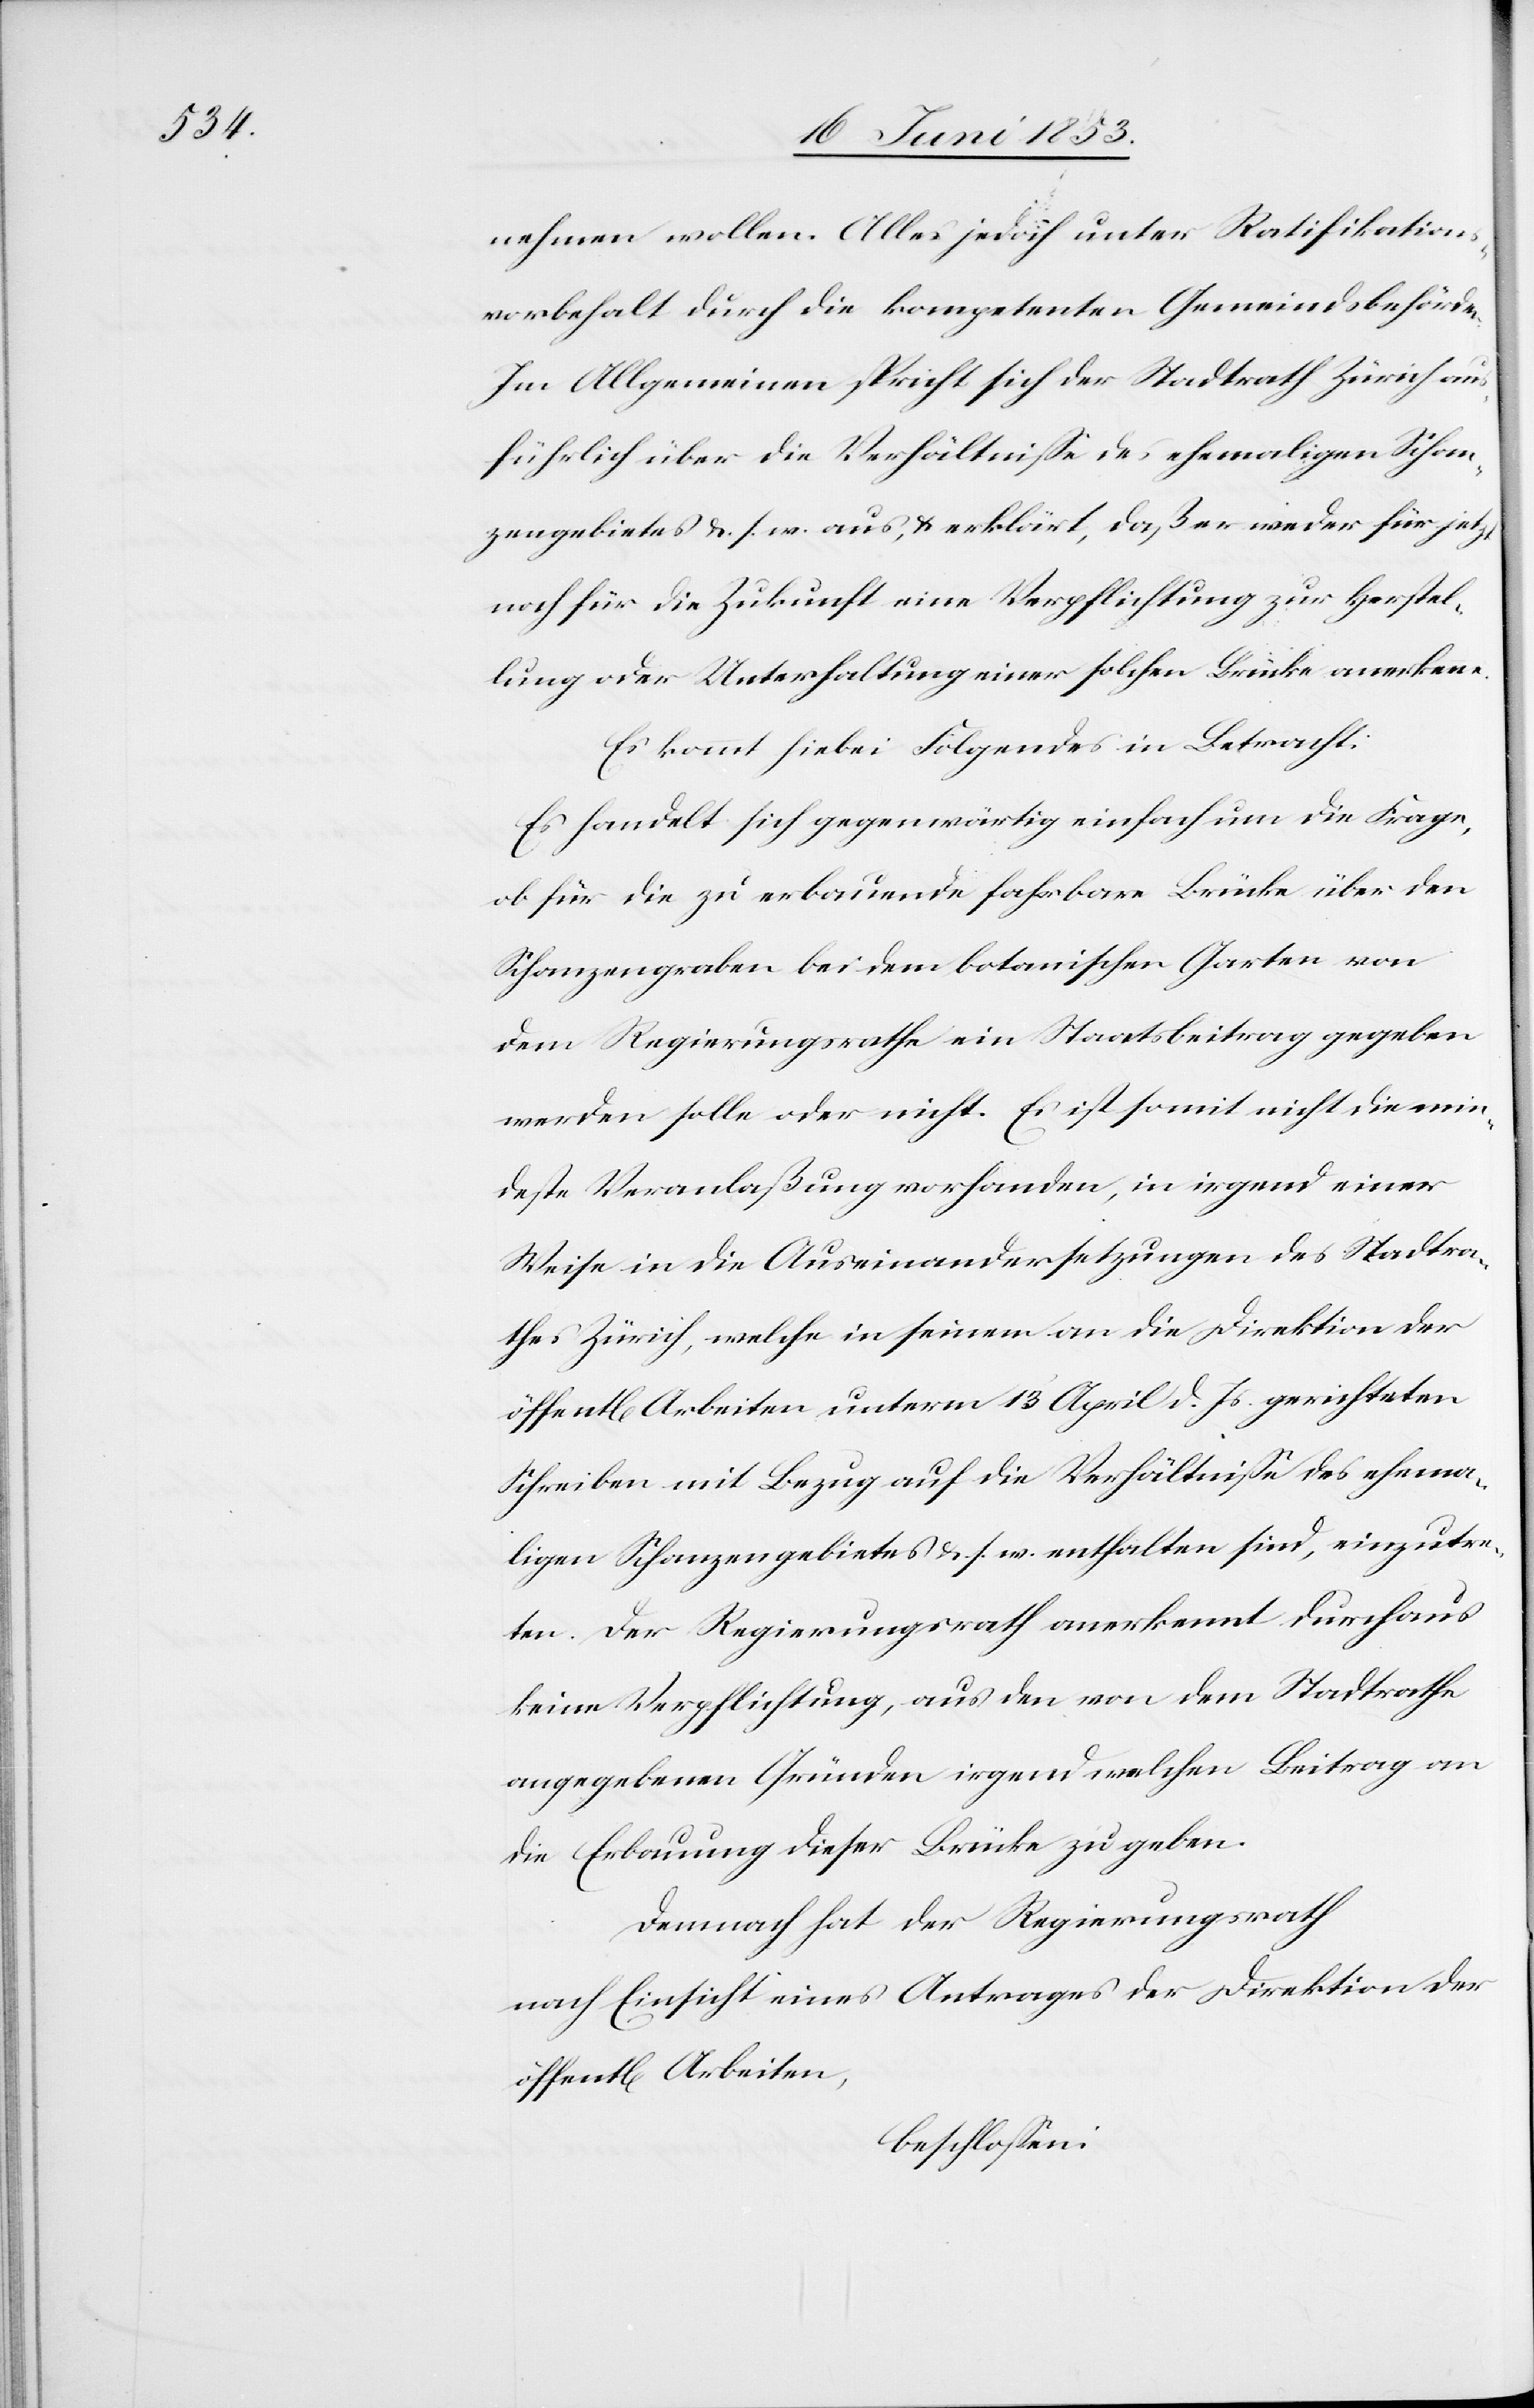
nehmen wollen. Alles jedoch unter Ratifikations¬
vorbehalt durch die kompetenten Gemeindsbehörden.
Im Allgemeinen spricht sich der Stadtrath Zürich aus¬
führlich über die Verhältniße des ehemaligen Schan¬
zengebietes u. s. w. aus, u. erklärt, daß er weder für jetzt
noch für die Zukunft eine Verpflichtung zur Herstel¬
lung oder Unterhaltung einer solchen Brücke anerkenne.
Es kommt hiebei Folgendes in Betracht:
Es handelt sich gegenwärtig einfach um die Frage,
ob für die zu erbauende fahrbare Brücke über den
Schanzengraben bei dem botanischen Garten von
dem Regierungsrathe ein Staatsbeitrag gegeben
werden solle oder nicht. Es ist somit nicht die min¬
deste Veranlaßung vorhanden, in irgend einer
Weise in die Auseinandersetzungen des Stadtra¬
thes Zürich, welche in seinem an die Direktion der
öffentlichen Arbeiten unterm 13 April d. Js. gerichteten
Schreiben mit Bezug auf die Verhältniße des ehema¬
ligen Schanzengebietes u. s. w. enthalten sind, einzutre¬
ten. Der Regierungsrath anerkennt durchaus
keine Verpflichtung, aus den von dem Stadtrathe
angegebenen Gründen irgend welchen Beitrag an
die Erbauung dieser Brücke zu geben.
Demnach hat der Regierungsrath
nach Einsicht eines Antrages der Direktion der
öffentl[ichen] Arbeiten,
beschloßen: